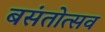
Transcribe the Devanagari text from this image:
बसंतोत्सव